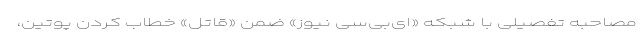
مصاحبه تفصیلی با شبکه «ای‌بی‌سی نیوز» ضمن «قاتل» خطاب کردن پوتین،